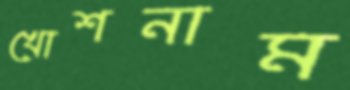
খোশনাম